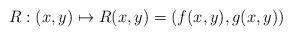
LaTeX: \begin{align*}R : (x,y) \mapsto R(x,y) = (f(x,y),g(x,y))\end{align*}